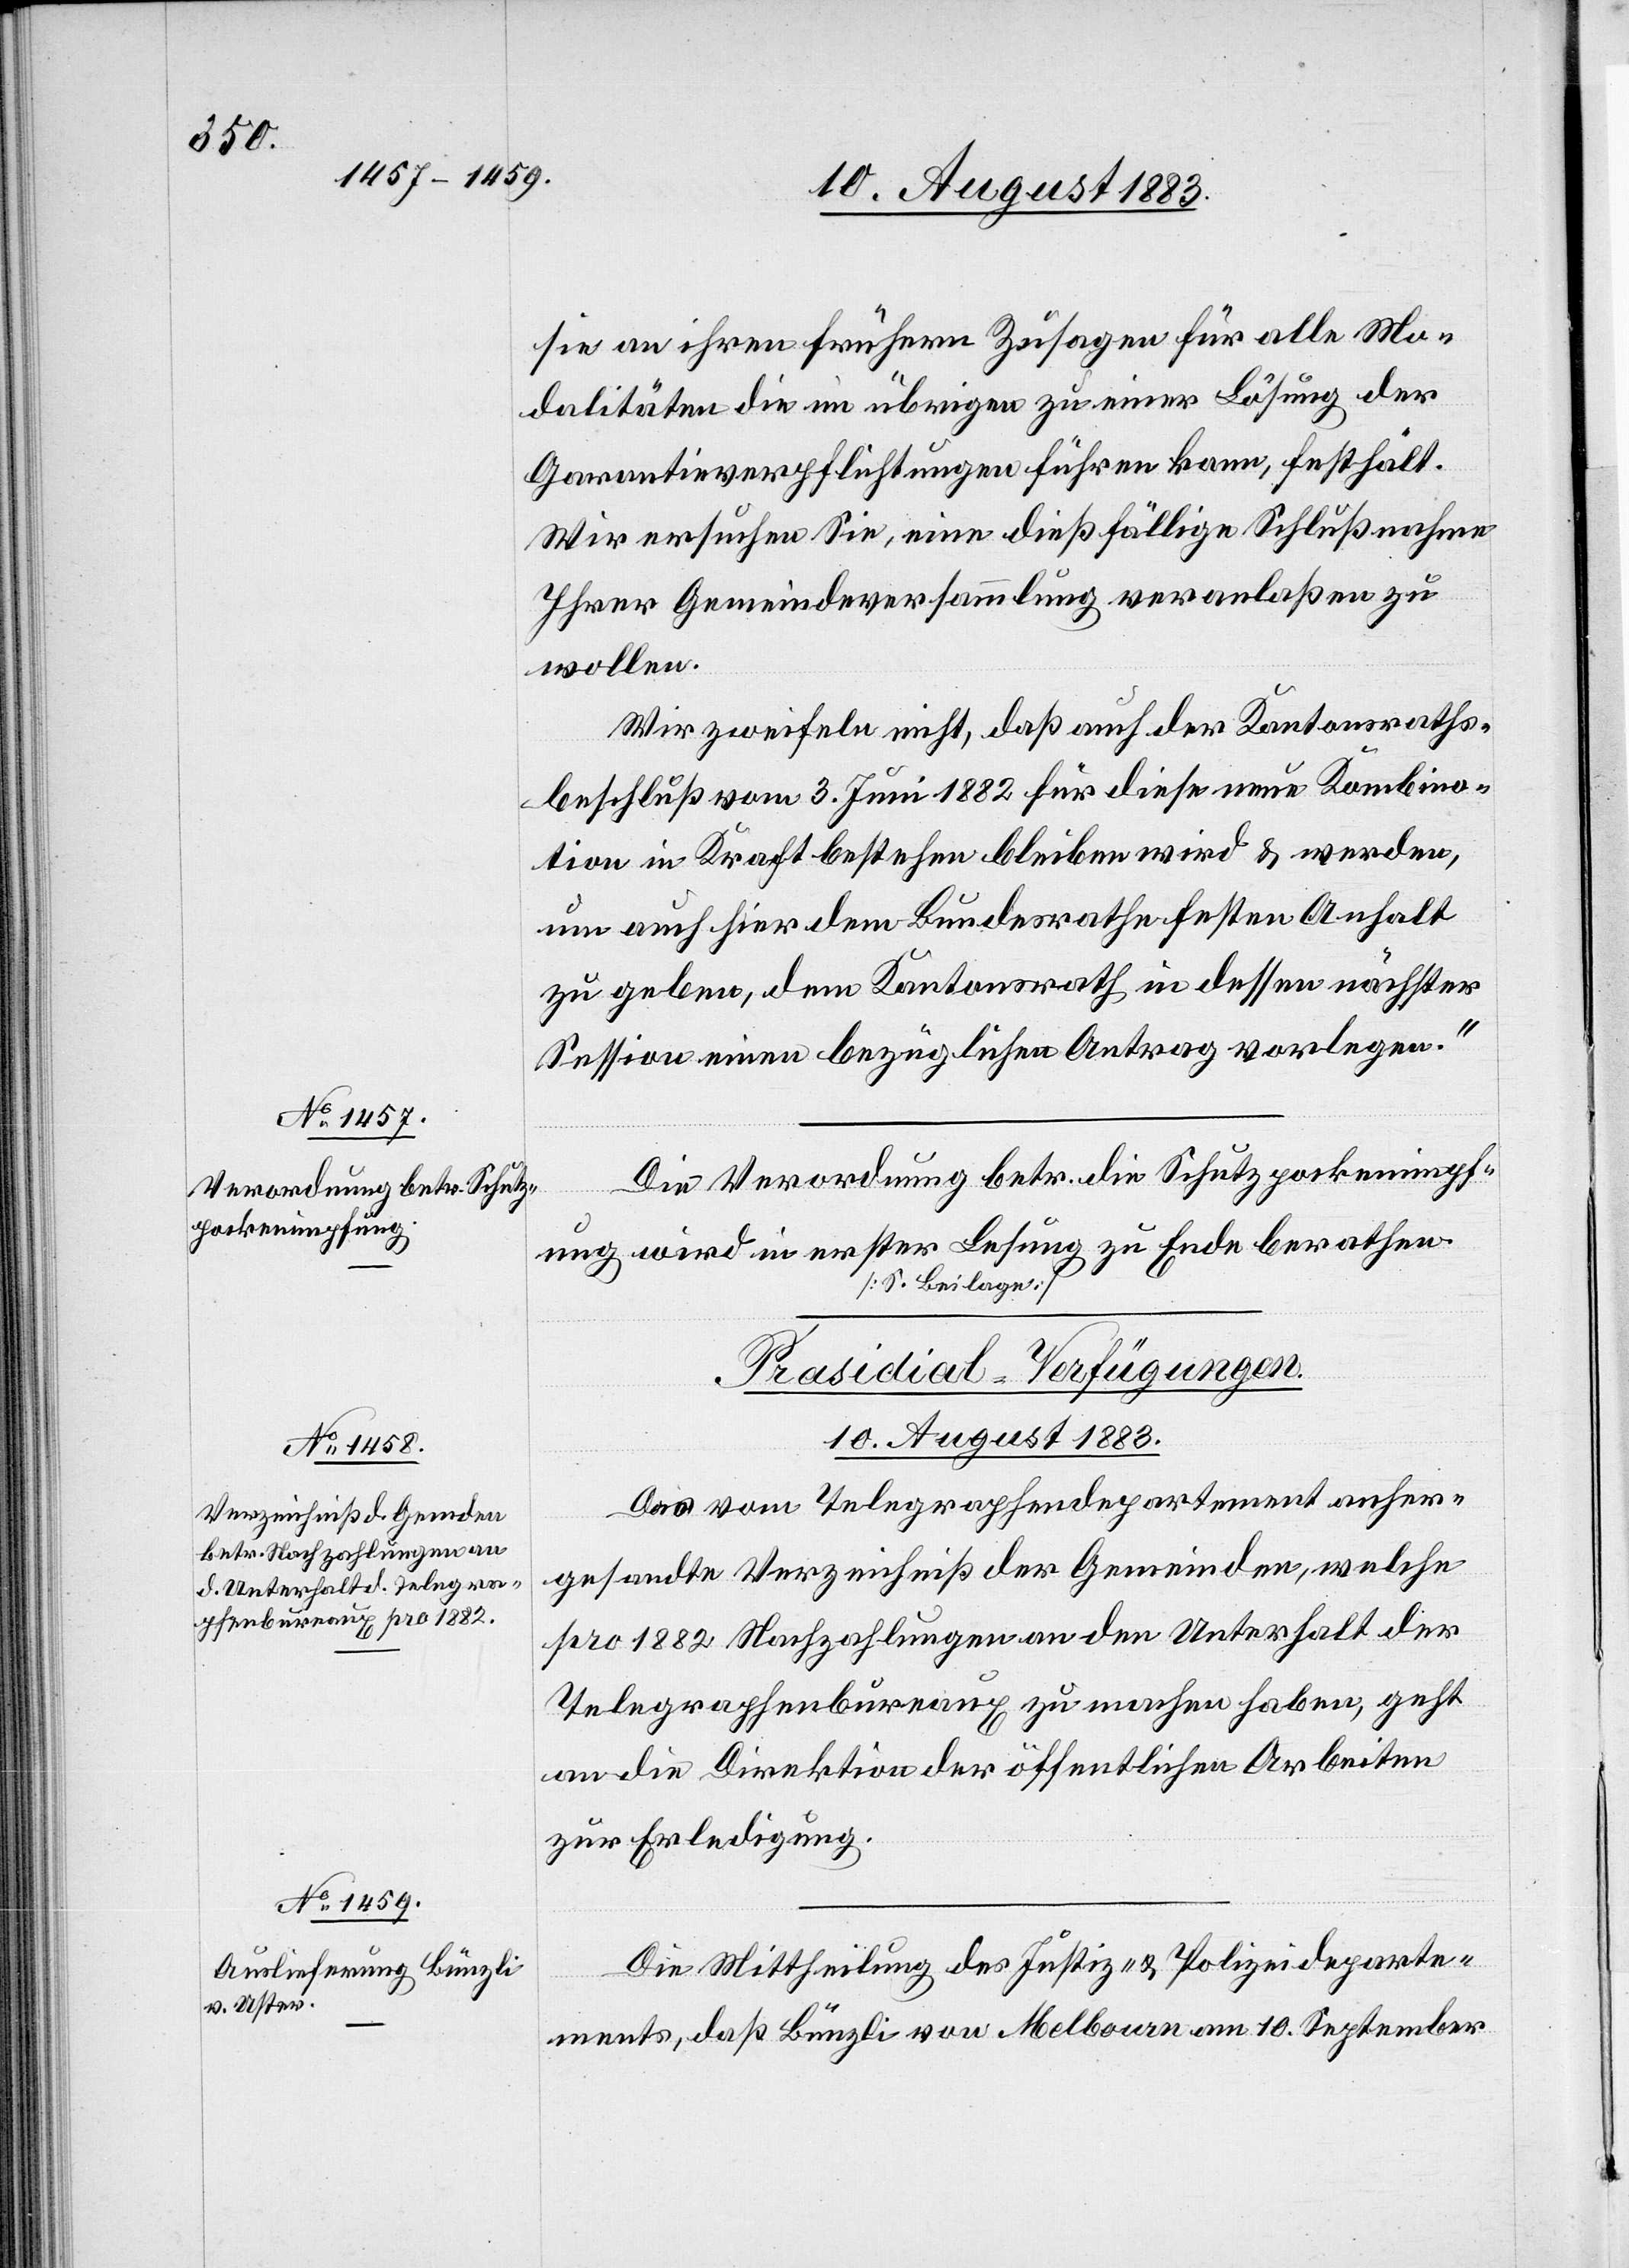
10. August 1883.]
sie an ihren frühern Zusagen für alle Mo¬
dalitäten die im übrigen zu einer Lösung der
Garantieverpflichtungen führen kann, festhält,
Wir ersuche Sie, eine dießfällige Schlußnahme
Ihrer Gemeindeversammlung veranlaßen zu
wollen.
Wir zweifeln nicht, daß auch den Kantonsraths¬
beschluß vom 3. Juni 1882 für diese neue Kombina¬
tion in Kraft bestehen bleiben wird & werden,
um auch hier dem Bundesrathe festen Anhalt
zu geben, dem Kantonsrath in dessen nächster
Session einen bezüglichen Antrag vorlegen.“
Die Verordnung betr. die Schutzpockenimpf¬
ung wird in erster Lesung zu Ende berathen.
[S. Beilage]
[Präsidial-Verfügungen.
Das vom Telegraphendepartement anher¬
gesandte Verzeichniß der Gemeinden, welche
pro 1882 Nachzahlungen an den Unterhalt der
Telegraphenbureaux zu machen haben, geht
an die Direktion der öffentlichen Arbeiten
zur Erledigung.
Die Mittheilung des Justiz- & Polizeideparte¬
ments, daß Bünzli von Melbourn [sic!] am 10. September